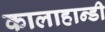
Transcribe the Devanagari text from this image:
कालाहान्डी